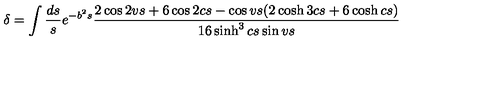
\delta = \int \frac { d s } { s } e ^ { - b ^ { 2 } s } \frac { 2 \cos 2 v s + 6 \cos 2 c s - \cos v s ( 2 \cosh 3 c s + 6 \cosh c s ) } { 1 6 \sinh ^ { 3 } c s \sin v s }